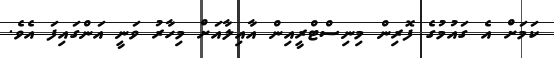
ކަމަށް އެ ގައުމުގެ ފޮރިން މިނިސްޓްރީއިން އާއިލާއަށް މިހާރު ވަނީ އަންގައިފަ އެވެ.